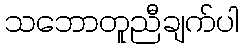
သဘောတူညီချက်ပါ